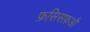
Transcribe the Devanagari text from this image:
फ़सिसफ़औ